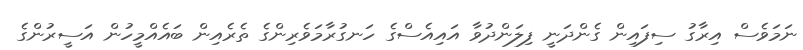
ނަމަވެސް އިރާގު ސިފައިން ގެންދަނީ ފިލަންދުވާ އައިއެސްގެ ހަނގުރާމަވެރިންގެ ތެރެއިން ބައެއްމީހުން އަސީރުންގެ